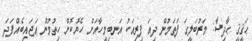
ޙަޤީޤީ ޙާދިސާ: މަރުބަލީގަ ފަތަމުން ދިއަ ފިރިއަކު އަނބިމީހާއަށް ހެޔޮކޮށް ހިތުމުން ޢަޖައިބެއްފަދަ